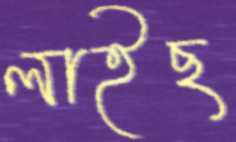
লাইছ